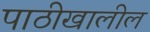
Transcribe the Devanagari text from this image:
पाठीखालील